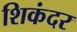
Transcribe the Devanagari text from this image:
शिकंदर